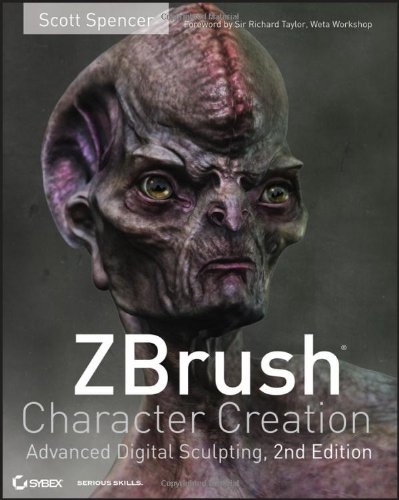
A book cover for ZBrush Character Creation: Advanced Digital Sculpting; Scott Spencer; Computers & Technology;